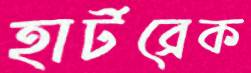
হার্টব্রেক